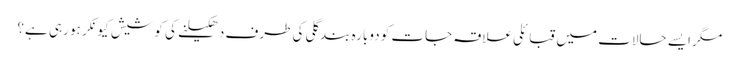
مگر ایسے حالات میں قبائلی علاقہ جات کو دوبارہ بند گلی کی طرف دھکیلنے کی کوشیش کیونکر ہو رہی ہے؟